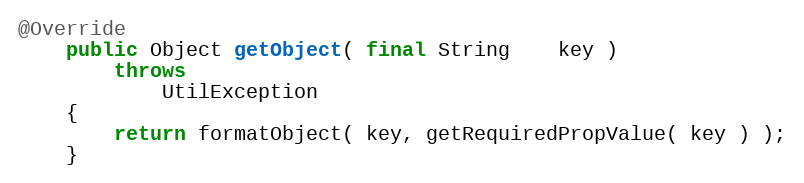
Language: Java
@Override
    public Object getObject( final String    key )
        throws
            UtilException
    {
        return formatObject( key, getRequiredPropValue( key ) );
    }